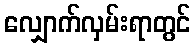
လျှောက်လှမ်းရာတွင်